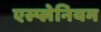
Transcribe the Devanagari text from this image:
एस्प्लेनियम